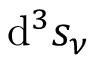
\mathrm { d } ^ { 3 } s _ { \nu }